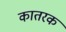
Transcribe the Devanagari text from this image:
कातरक